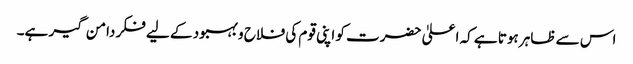
اس سے ظاہر ہوتا ہے کہ اعلیٰ حضرت کو اپنی قوم کی فلاح و بہبود کے لیے فکر دامن گیر ہے۔